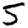
Digit: 5